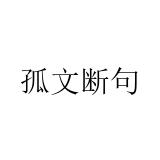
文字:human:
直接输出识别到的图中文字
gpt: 孤文断句